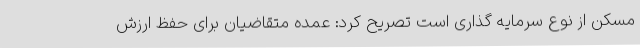
مسکن از نوع سرمایه گذاری است تصریح کرد: عمده متقاضیان برای حفظ ارزش